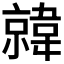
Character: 𫖎